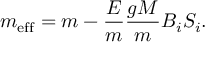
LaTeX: m _ { \mathrm { e f f } } = m - \frac { { \cal E } } { m } \frac { g M } { m } B _ { i } S _ { i } .